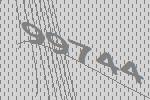
99744